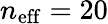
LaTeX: n_{\mathrm{eff}}=20